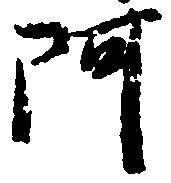
阿